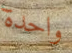
واحدة